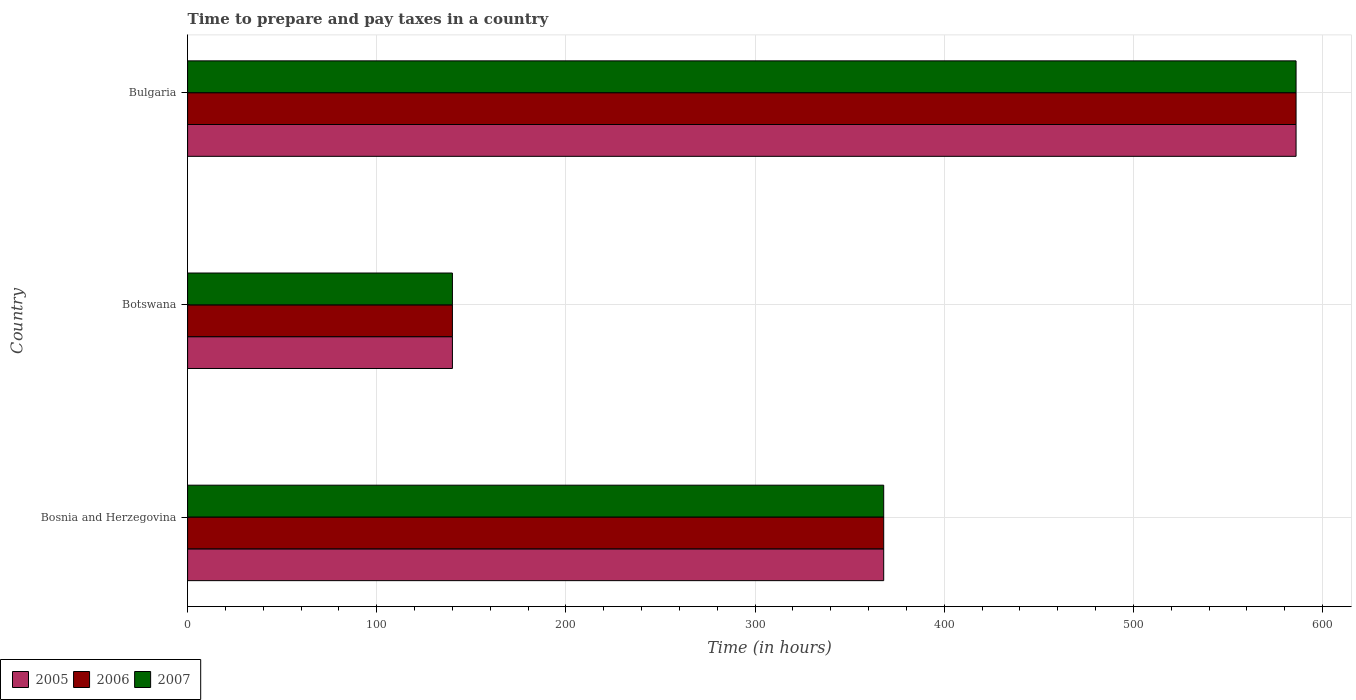
| Country | 2005 | 2006 | 2007 |
 | --- | --- | --- | --- |
 | Bosnia and Herzegovina | 368 | 368 | 368 |
 | Botswana | 140 | 140 | 140 |
 | Bulgaria | 586 | 586 | 586 |